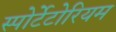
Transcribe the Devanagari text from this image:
स्पोर्टेटोरियम